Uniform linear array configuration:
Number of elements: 8
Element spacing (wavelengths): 0.75
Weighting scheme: blackman
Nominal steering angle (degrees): -15
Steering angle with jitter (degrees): -13.134
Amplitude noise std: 0.05
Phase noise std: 0.05

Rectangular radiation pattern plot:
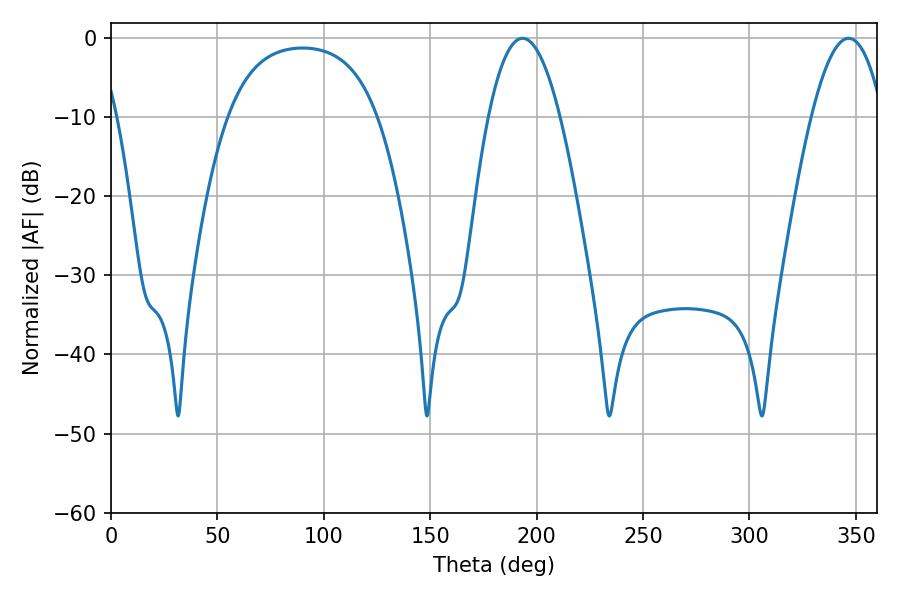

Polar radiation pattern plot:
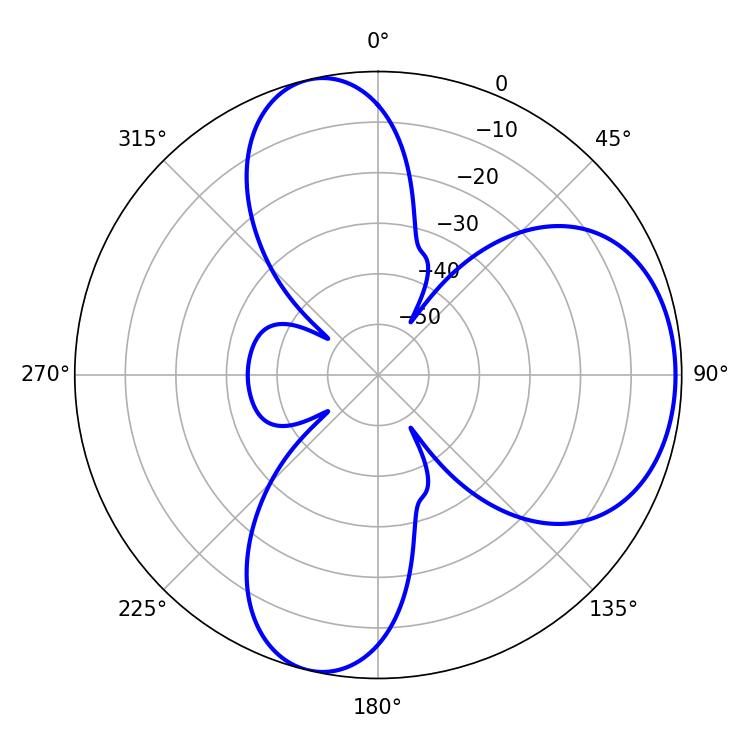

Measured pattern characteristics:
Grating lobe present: TRUE
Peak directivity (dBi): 6.611
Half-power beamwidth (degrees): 18.54
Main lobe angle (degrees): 193.32